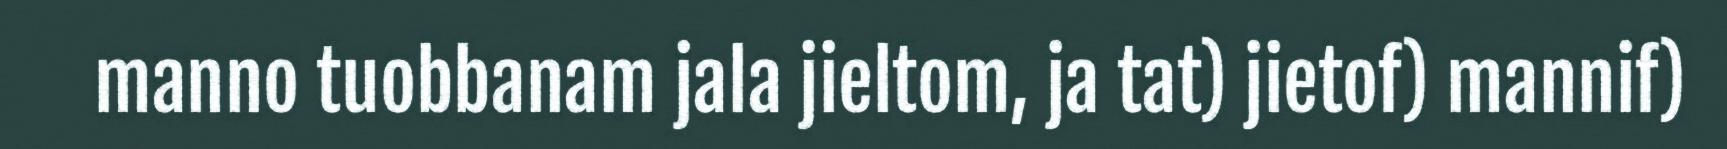
manno tuobbanam jala jieltom, ja tat) jietof) mannif)